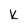
Character: k